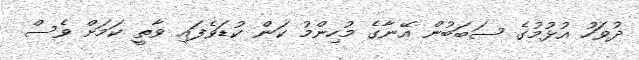
ދުވަހު އުޅުމުގެ ސަބަބުން އޭނާގެ މުހިންމު ކަން ކުޑަވެފައި ވާތީ ކަމަށް ވެސް